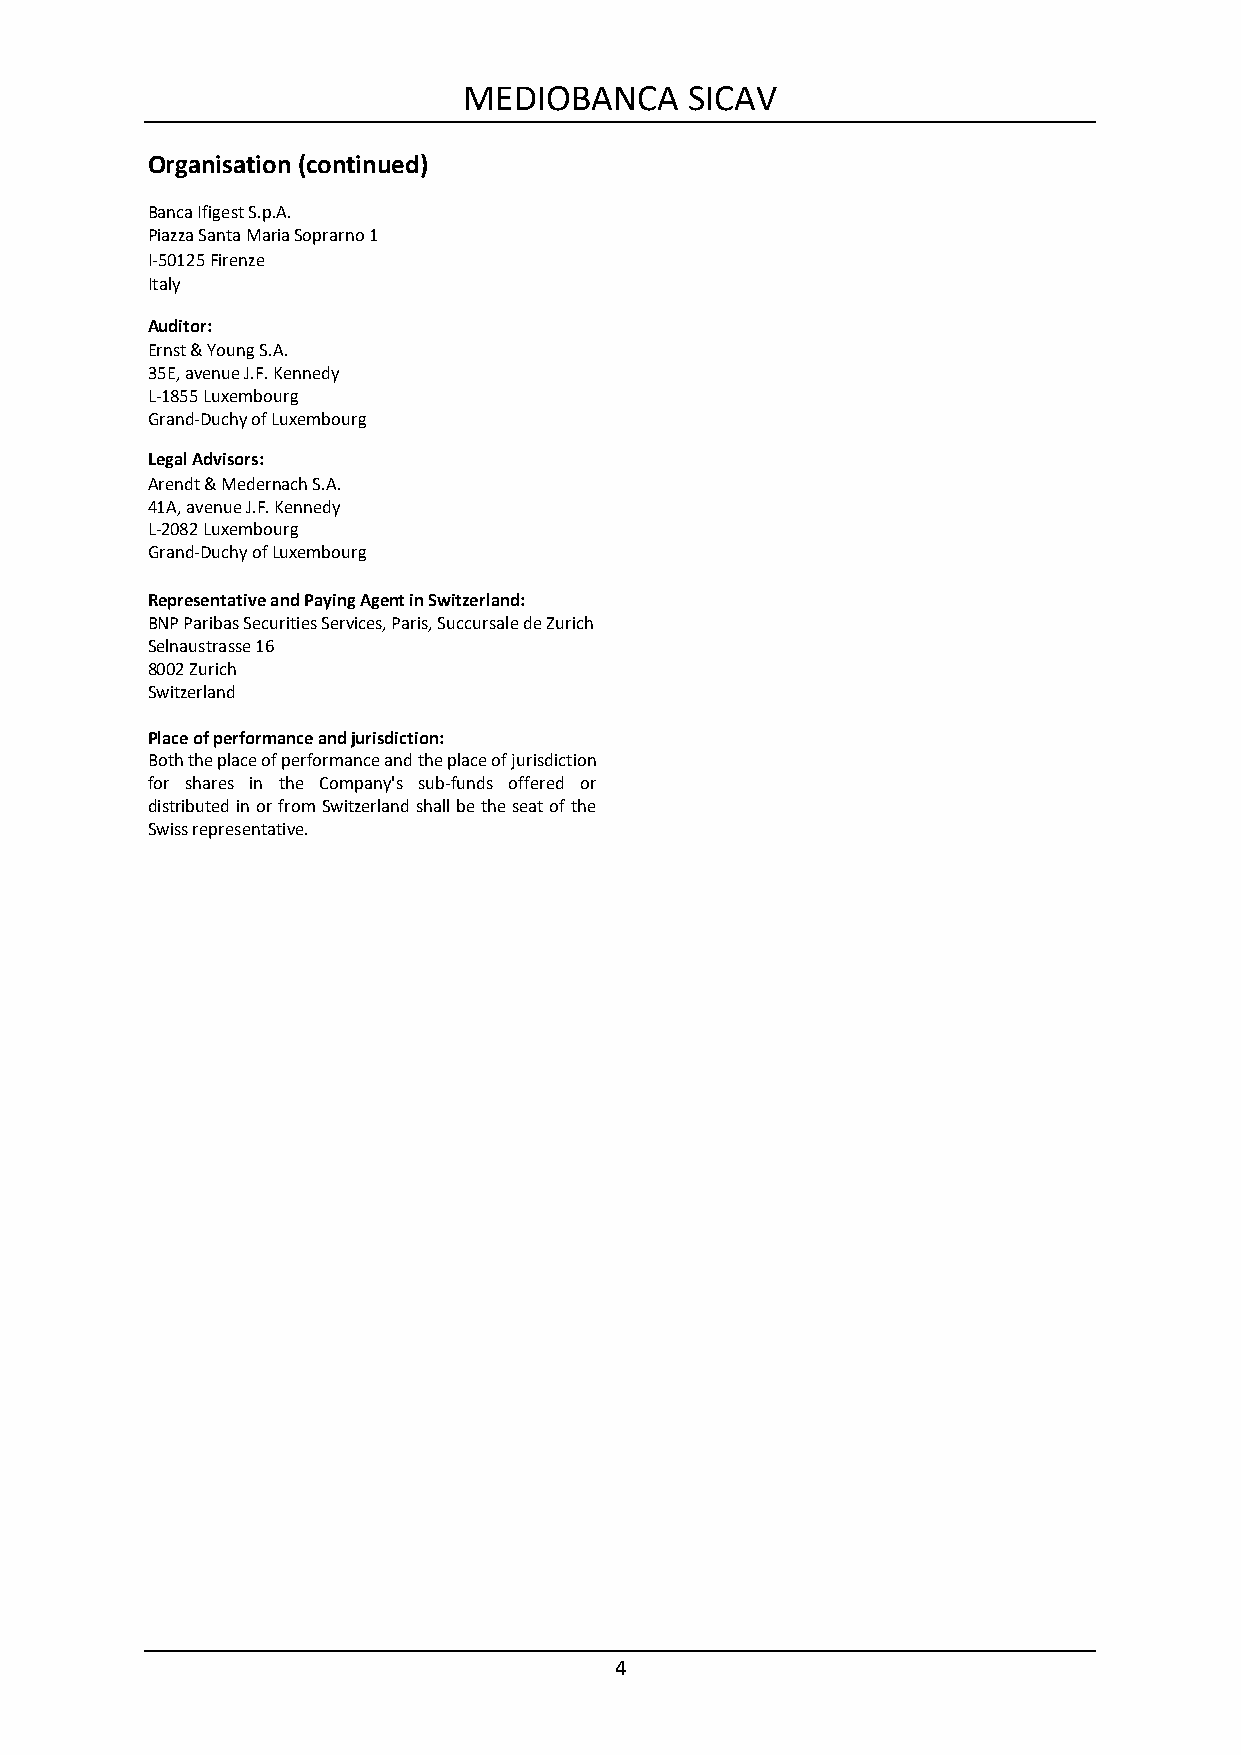
MEDIOBANCA     SICAV
 Organisation (continued)
 Banca Ifigest S.p.A.
 Piazza Santa Maria Soprarno 1
 I-50125 Firenze
 Italy
 Auditor:
 Ernst & Young S.A.
 35E, avenue J.F. Kennedy
 L-1855 Luxembourg
 Grand-Duchy of Luxembourg
 Legal Advisors:
 Arendt & Medernach S.A.
 41A, avenue J.F. Kennedy
 L-2082 Luxembourg
 Grand-Duchy of Luxembourg
 Representative and Paying Agent in Switzerland:
 BNP Paribas Securities Services, Paris, Succursale de Zurich
 Selnaustrasse 16
 8002 Zurich
 Switzerland
 Place of performance and jurisdiction:
 Both the place of performance and the place of jurisdiction
 for shares in the Company's sub-funds offered or
 distributed in or from Switzerland shall be the seat of the
 Swiss representative.
 4